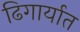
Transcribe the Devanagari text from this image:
ढिगार्यात